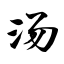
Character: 汤